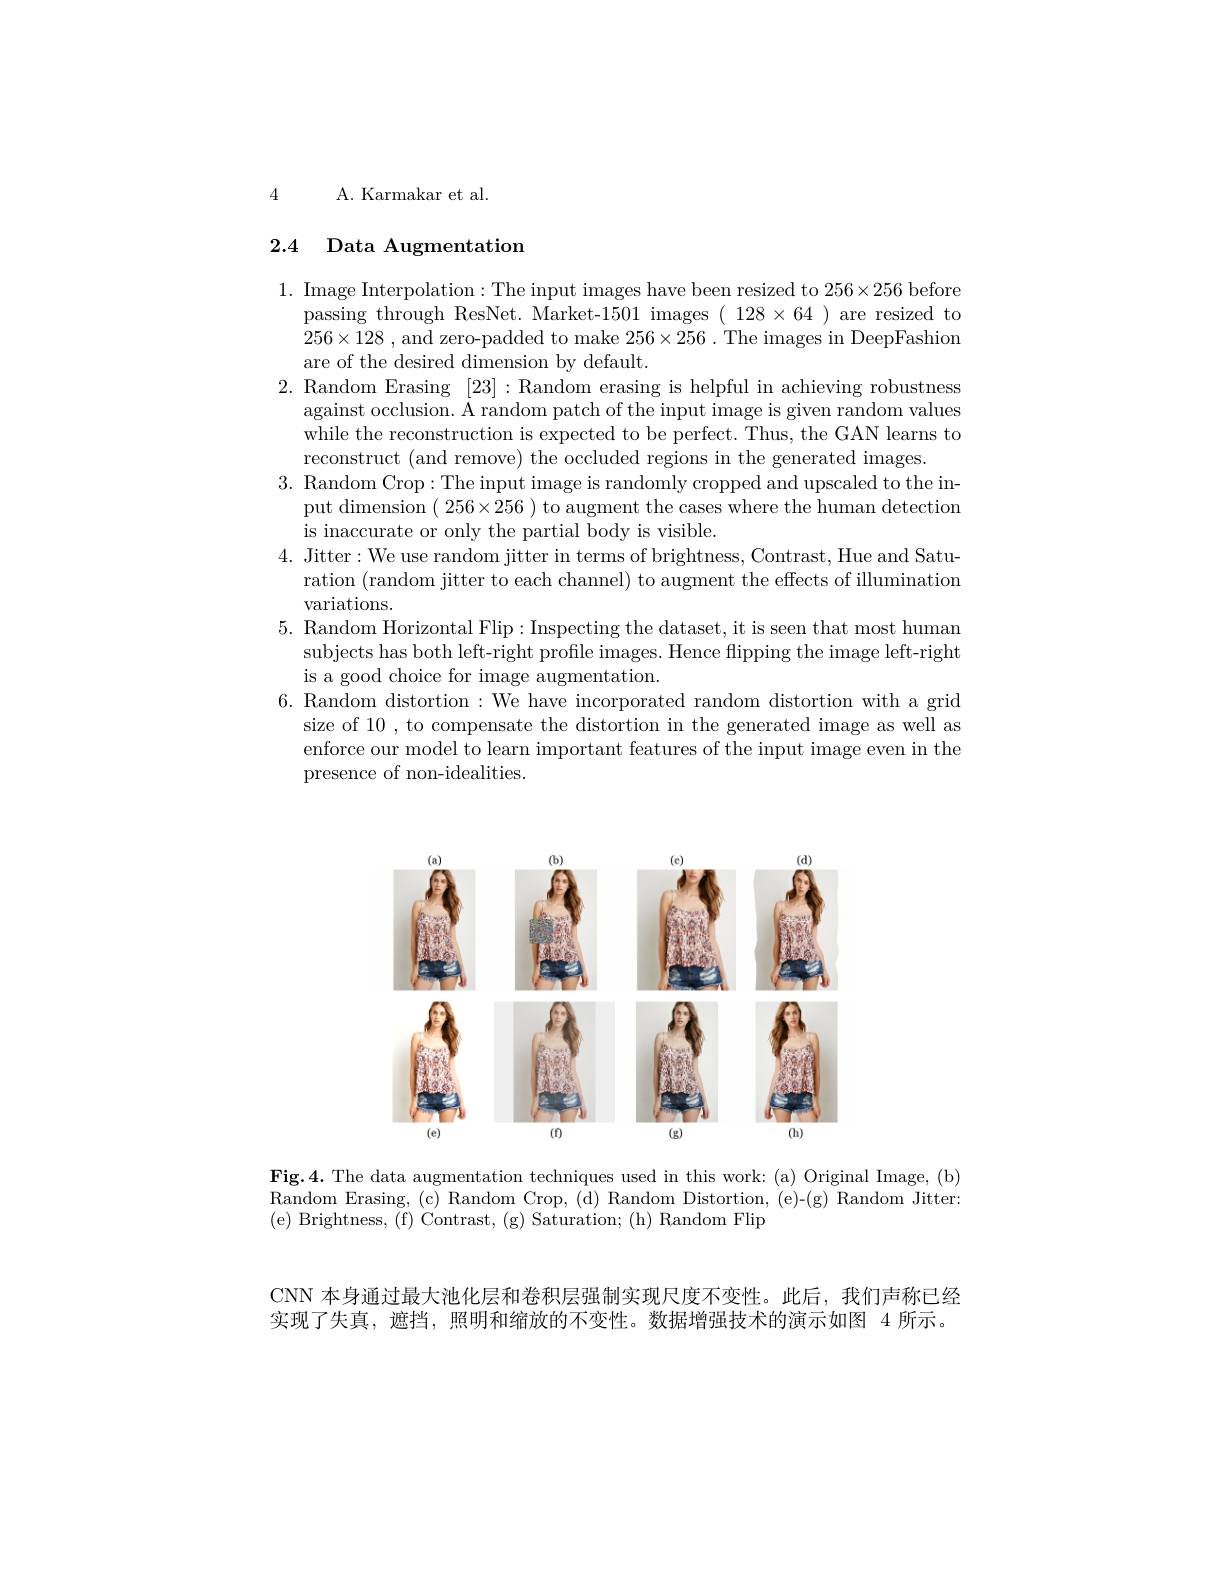
4 A. Karmakar et al.

# 2.4 Data Augmentation

1. Image Interpolation: The input images have been resized to $256\times256$ before
passing through ResNet. Market-1501 images $(\begin{array}{c}128\times64\end{array})$ are resized to $256\times 128$ , and zero-padded to make $256\times256.$ The images in DeepFashion are of the desired dimension by default.
2. Random Erasing [23]:Random erasing is helpful in achieving robustness
against occlusion. A random patch of the input image is given random values while the reconstruction is expected to be perfect. Thus, the GAN learns to reconstruct (and remove) the occluded regions in the generated images
3. Random Crop:The input image is randomly cropped and upscaled to the in-
put dimension ( 256$\times256$ ) to augment the cases where the human detection
is inaccurate or only the partial body is visible.
4. Jitter:We use random jitter in terms of brightness, Contrast, Hue and Satu-
ration (random jitter to each channel) to augment the effects of illumination
variations.
5. Random Horizontal Flip:Inspecting the dataset, it is seen that most human
subjects has both left-right profile images. Hence flipping the image left-right
is a good choice for image augmentation
6. Random distortion : We have incorporated random distortion with a grid
size of 10 , to compensate the distortion in the generated image as well as enforce our model to learn important features of the input image even in the presence of non-idealities.

<FigureHere>

Fig.4. The data augmentation techniques used in this work: (a) Original Image, (b) Random Erasing, (c) Random Crop, (d) Random Distortion, (e)-(g) Random Jitter: ( e) Brightness, ( f) Contrast, ( g) Saturation; ( h) Random Flip

CNN 本身通过最大池化层和卷积层强制实现尺度不变性。此后，我们声称已经
实现了失真，遮挡，照明和缩放的不变性。数据增强技术的演示如图 4 所示。